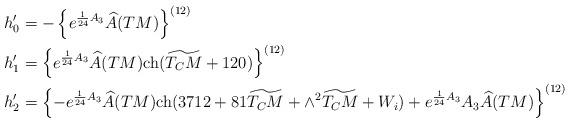
LaTeX: \begin{align*}&h'_0=-\left\{e^{\frac{1}{24}A_3}\widehat{A}(TM)\right\}^{(12)}\\&h'_1=\left\{e^{\frac{1}{24}A_3}\widehat{A}(TM){\rm ch}(\widetilde{T_CM}+120)\right\}^{(12)}\\&h'_2=\left\{-e^{\frac{1}{24}A_3}\widehat{A}(TM){\rm ch}(3712+81\widetilde{T_CM}+\wedge^2\widetilde{T_CM}+W_i)+e^{\frac{1}{24}A_3}A_3\widehat{A}(TM)\right\}^{(12)}\end{align*}